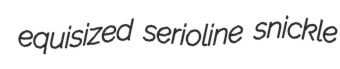
equisized serioline snickle